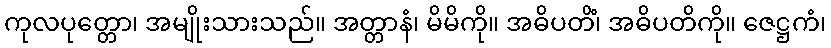
ကုလပုတ္တော၊ အမျိုးသားသည်။ အတ္တာနံ၊ မိမိကို။ အဓိပတိံ၊ အဓိပတိကို။ ဇေဋ္ဌကံ၊